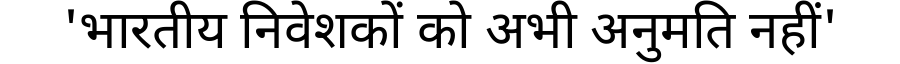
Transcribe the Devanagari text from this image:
'भारतीय निवेशकों को अभी अनुमति नहीं'